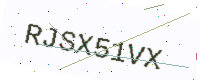
Text: RJSX51VX